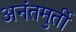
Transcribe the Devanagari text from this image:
अनंतमुर्ती